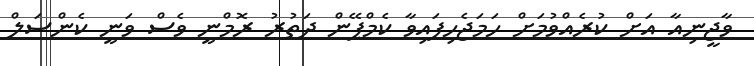
ވާޖީނިއާ އަށް ކުރެއްވުމަށް ހަމަޖެހިފައިވާ ކެމްޕޭން ދަތުރު ރޮމްނީ ވެސް ވަނީ ކެންސަލް